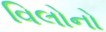
વિલોનો